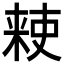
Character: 𫣙